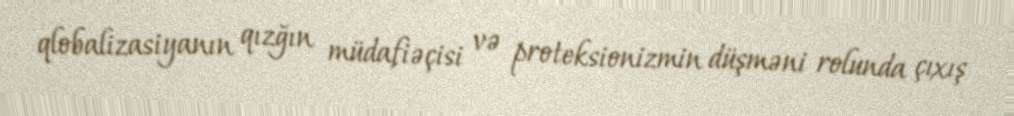
qlobalizasiyanın qızğın müdafiəçisi və proteksionizmin düşməni rolunda çıxış